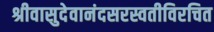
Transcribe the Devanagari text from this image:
श्रीवासुदेवानंदसरस्वतीविरचित